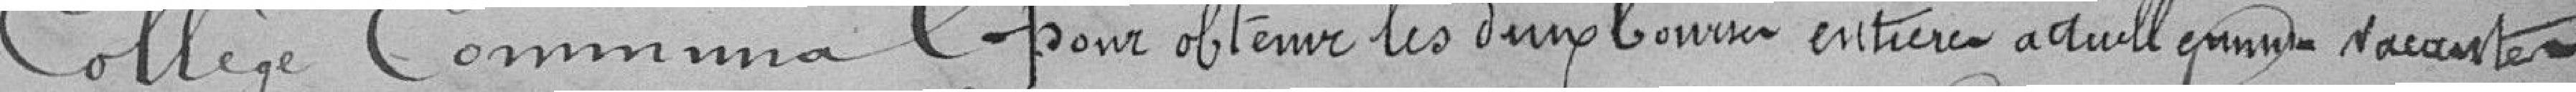
College Communal pour obtenir les dung bourses entières a dull gamme sacaste